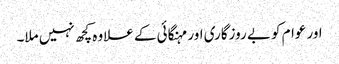
اور عوام کو بے روزگاری اور مہنگائی کے علاوہ کچھ نہیں ملا۔